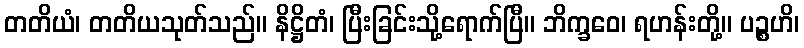
တတိယံ၊ တတိယသုတ်သည်။ နိဋ္ဌိတံ၊ ပြီးခြင်းသို့ရောက်ပြီ။ ဘိက္ခဝေ၊ ရဟန်းတို့။ ပဉ္စဟိ၊